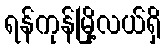
ရန်ကုန်မြို့လယ်ရှိ